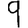
Digit: 9